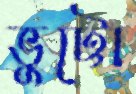
ভুট্টো